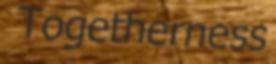
Togetherness